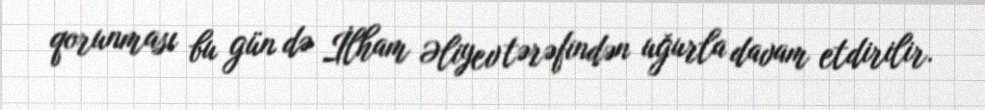
qorunması bu gün də İlham Əliyev tərəfindən uğurla davam etdirilir.